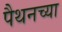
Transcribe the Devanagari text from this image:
पैथनच्या